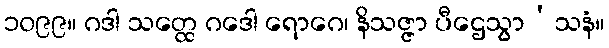
၁၀၉၉။ ဂဒါ သတ္ထေ ဂဒေါ ရောဂေ၊ နိသဇ္ဇာ ပီဌေသွာ’သနံ။